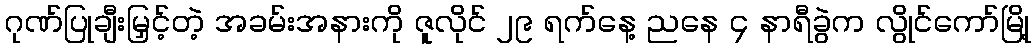
ဂုဏ်ပြုချီးမြှင့်တဲ့ အခမ်းအနားကို ဇူလိုင် ၂၉ ရက်နေ့ ညနေ ၄ နာရီခွဲက လွိုင်ကော်မြို့